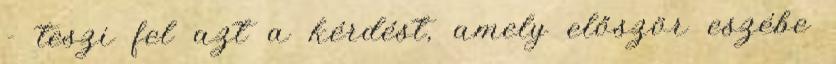
- teszi fel azt a kérdést, amely először eszébe